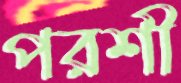
পরশী